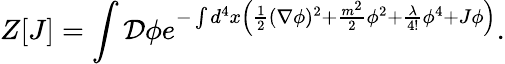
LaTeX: Z[J]=\int{\mathcal{D}}\phi e^{-\int d^{4}x\left({\frac{1}{2}}(\nabla\phi)^{2}+{\frac{m^{2}}{2}}\phi^{2}+{\frac{\lambda}{4!}}\phi^{4}+J\phi\right)}.